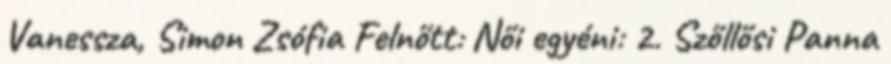
Vanessza, Simon Zsófia Felnőtt: Női egyéni: 2. Szőllősi Panna